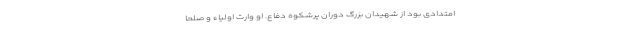
امتدادی بود از شهیدان بزرگ دوران پرشکوه دفاع. او وارث اولیاء و صلحا